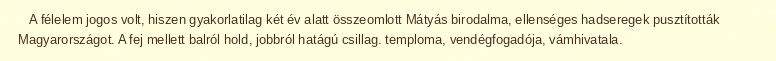
A félelem jogos volt, hiszen gyakorlatilag két év alatt összeomlott Mátyás birodalma, ellenséges hadseregek pusztították Magyarországot. A fej mellett balról hold, jobbról hatágú csillag. temploma, vendégfogadója, vámhivatala.